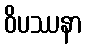
ဝိပဿနာ